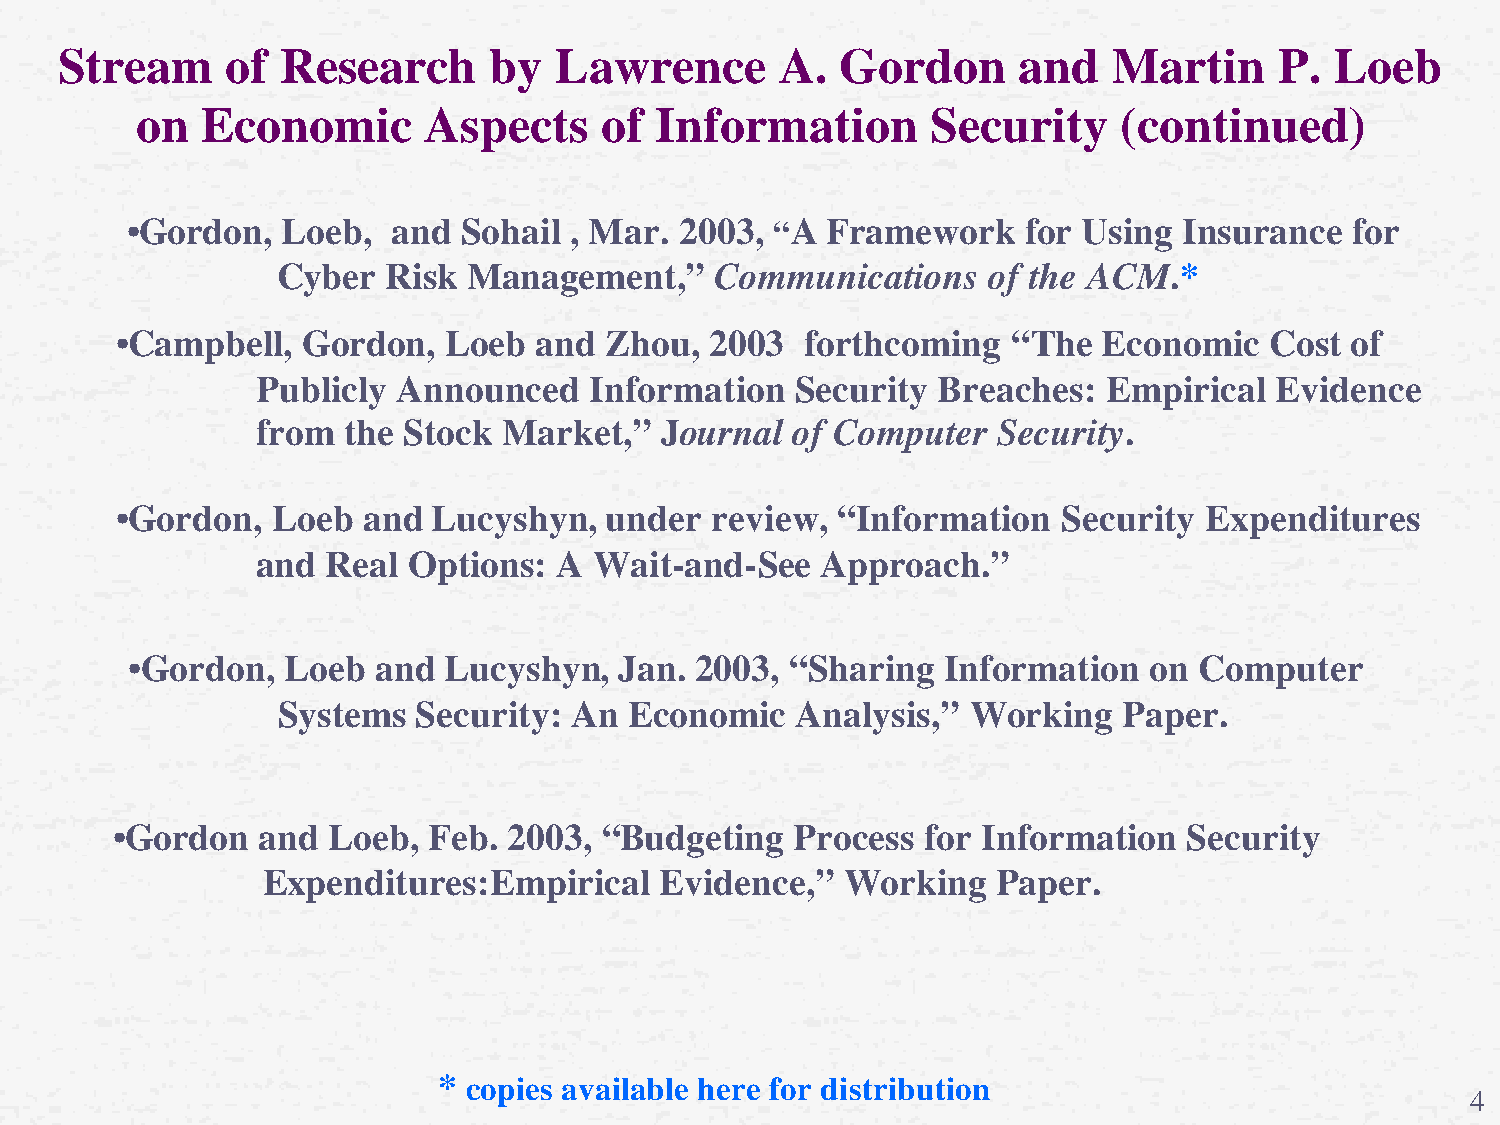
Stream     of  Research     by   Lawrence       A.  Gordon     and    Martin     P. Loeb
 on  Economic       Aspects     of Information        Security    (continued)
 •Gordon,   Loeb,  and Sohail  , Mar. 2003, “A  Framework    for Using Insurance  for
 Cyber  Risk  Management,”    Communications    of the ACM.*
 •Campbell,  Gordon,  Loeb  and  Zhou,  2003  forthcoming   “The  Economic   Cost of
 Publicly Announced    Information   Security Breaches:  Empirical  Evidence
 from  the Stock Market,”   Journal of Computer   Security.
 •Gordon,  Loeb  and  Lucyshyn,  under  review, “Information   Security  Expenditures
 and  Real Options:  A Wait-and-See   Approach.”
 •Gordon,   Loeb  and Lucyshyn,   Jan. 2003, “Sharing   Information  on Computer
 Systems   Security: An  Economic   Analysis,” Working   Paper.
 •Gordon   and  Loeb, Feb.  2003, “Budgeting   Process for Information   Security
 Expenditures:Empirical     Evidence,”  Working   Paper.
 * copies available here for distribution
 4